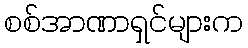
စစ်အာဏာရှင်များက